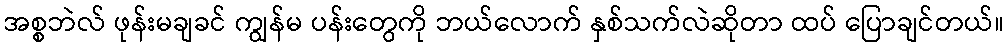
အစ္စဘဲလ် ဖုန်းမချခင် ကျွန်မ ပန်းတွေကို ဘယ်လောက် နှစ်သက်လဲဆိုတာ ထပ် ပြောချင်တယ်။